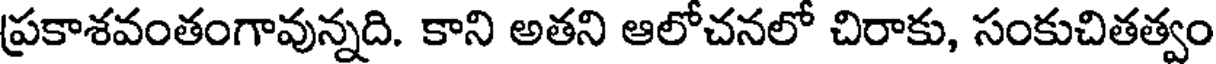
ప్రకాశవంతంగావున్నది. కాని అతని ఆలోచనలో చిరాకు, సంకుచితత్వం